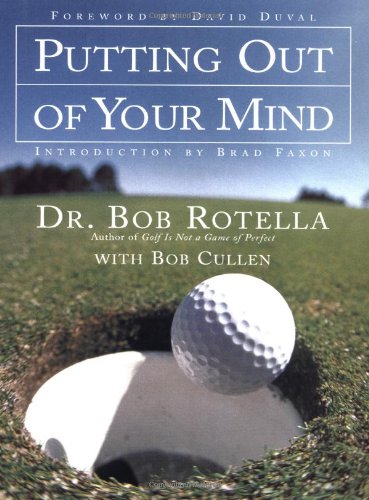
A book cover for Putting Out of Your Mind; Bob Rotella; Sports & Outdoors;